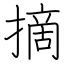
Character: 摘